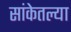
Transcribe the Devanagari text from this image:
सांकेतल्या